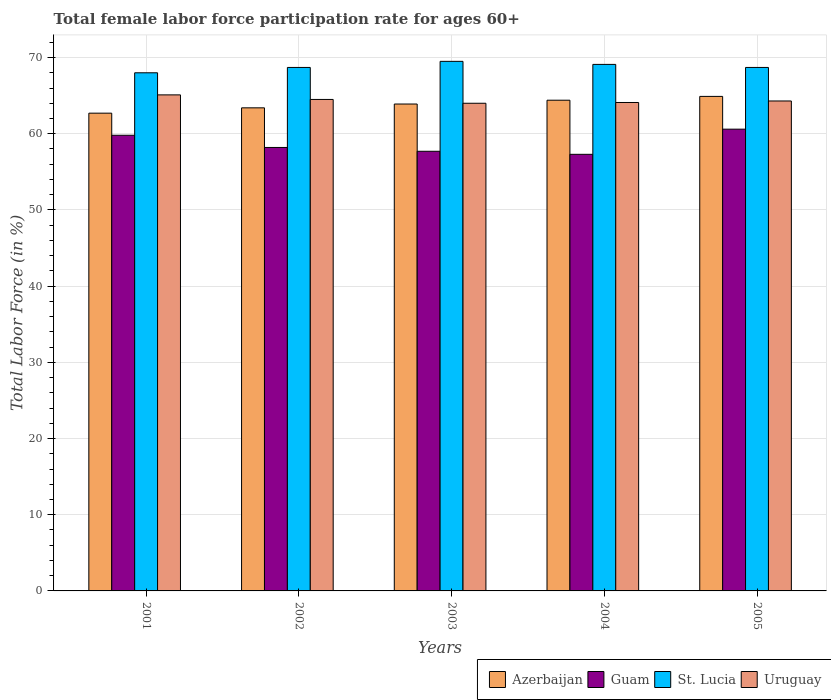
| Years | Azerbaijan | Guam | St. Lucia | Uruguay |
 | --- | --- | --- | --- | --- |
 | 2001 | 62.7 | 59.8 | 68 | 65.1 |
 | 2002 | 63.4 | 58.2 | 68.7 | 64.5 |
 | 2003 | 63.9 | 57.7 | 69.5 | 64 |
 | 2004 | 64.4 | 57.3 | 69.1 | 64.1 |
 | 2005 | 64.9 | 60.6 | 68.7 | 64.3 |